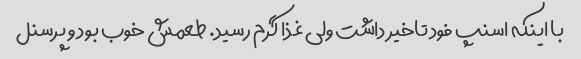
با اینکه اسنپ فود تاخیر داشت ولی غذا گرم رسید. طعمش خوب بود و پرسنل